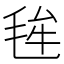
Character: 毪